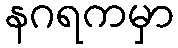
နဂရကမှာ